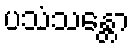
ပသံသန္တော